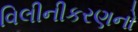
વિલીનીકરણનો